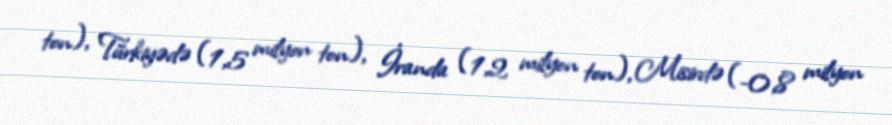
ton), Türkiyədə (1,5 milyon ton), İranda (1,2 milyon ton), Misirdə (-0,8 milyon